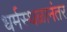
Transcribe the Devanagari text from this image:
धर्मस्थळानंतर